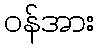
ဝန်အား